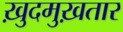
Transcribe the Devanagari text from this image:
ख़ुदमुख़तार